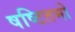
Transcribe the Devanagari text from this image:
षष्टितमो